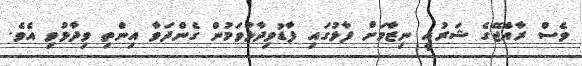
ވެސް ރާއްޖޭގެ ޝަރުއީ ނިޒާމަށް ފާޅުގައި ފާޑުވިދާޅުވަމުން ގެންދަވާ އިންތި ވިދާޅުވި އެވެ.